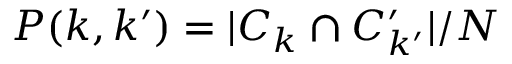
P ( k , k ^ { \prime } ) = | C _ { k } \cap C _ { k ^ { \prime } } ^ { \prime } | / N